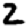
Digit: 2